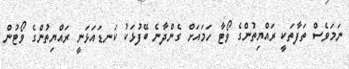
ނަމަވެސް ތަފާތަކީ ރައްޔިތުންގެ ވޯޓާ ހަމައަށް ގެންދާނެ ބޭފުޅަކު ކަނޑައަޅަނީ ރައްޔިތުންގެ ވޯޓުން